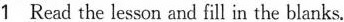
1 Read the lesson and fill in the bianks.